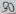
Text: 30